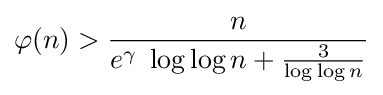
\varphi (n)>{\frac {n}{e^{\gamma }\;\log \log n+{\frac {3}{\log \log n}}}}